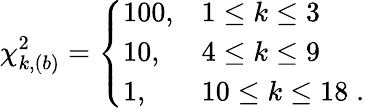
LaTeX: \chi_{k,(b)}^{2}=\left\{ \begin{array}{lll}{{100,}}&{{1\leq k\leq 3}}\\ {{10,}}&{{4\leq k\leq 9}}\\ {{1,}}&{{10\leq k\leq 18\; .}}\end{array}\right.